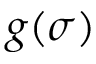
g ( \sigma )